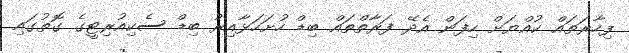
ފިހާރަތައް ކުއްޔަށް ހިފަން އެދޭ ފަރާތްތައް ބިޑް ހުށަހަޅާއިރު ބިޑް ސެކިއުރިޓީގެ ގޮތުގައި